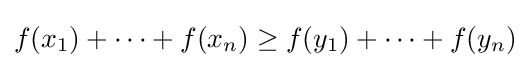
f(x_{1})+\cdots +f(x_{n})\geq f(y_{1})+\cdots +f(y_{n})